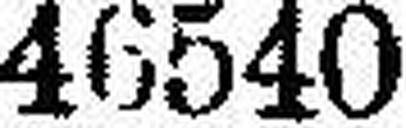
46540